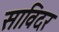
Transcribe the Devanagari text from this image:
साविदर